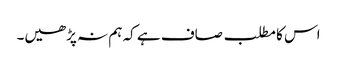
اس کا مطلب صاف ہے کہ ہم نہ پڑھیں۔